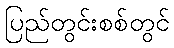
ပြည်တွင်းစစ်တွင်